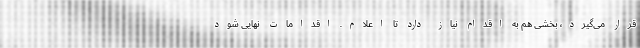
قرار می‌گیرد، بخشی هم به اقدام نیاز دارد تا اعلام. اقدامات نهایی شود